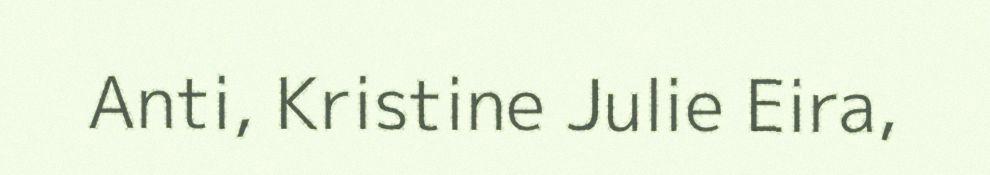
Anti, Kristine Julie Eira,